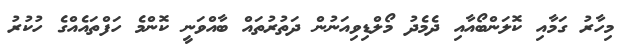
މިހާރު ގަމާއި ކޮލަންބޯއާއި ދެމެދު މޯލްޑިވިއަނުން ދަތުރުތައް ބާއްވަނީ ކޮންމެ ހަފްތައެއްގެ ހުކުރު